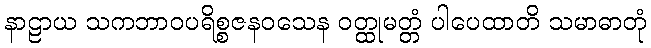
နာဠာယ သကဘာဝပရိစ္စဇနဝသေန ဝတ္ထုမတ္တံ ပါပေထာတိ သမာဓာတုံ